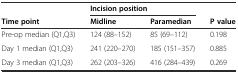
<table><thead><tr><td></td><td colspan="2"><b>Incision position</b></td><td></td></tr><tr><td><b>Time point</b></td><td><b>Midline</b></td><td><b>Paramedian</b></td><td><b>P value</b></td></tr></thead><tbody><tr><td>Pre-op median (Q1,Q3)</td><td>124 (88–152)</td><td>85 (69–112)</td><td>0.198</td></tr><tr><td>Day 1 median (Q1,Q3)</td><td>241 (220–270)</td><td>185 (151–357)</td><td>0.885</td></tr><tr><td>Day 3 median (Q1,Q3)</td><td>262 (203–326)</td><td>416 (284–439)</td><td>0.269</td></tr></tbody></table>